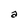
Character: a